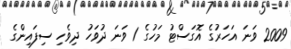
2009 ވަނަ އަހަރުގެ އޮގަސްޓު މަހުގެ 1 ވަނަ ދުވަހު ދިވެހި ސިފައިންގެ